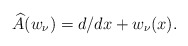
\begin{gather*} \widehat{A} ( w_{\nu } ) =d/dx+w_{\nu }(x). \end{gather*}